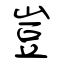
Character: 豈